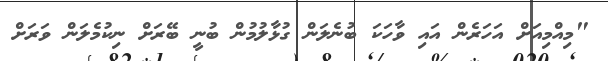
"މިއްމިއަށް އަހަރެން އައި ވާހަކަ ބުނެލަން ގުޅާލުމުން ބުނީ ބޭރަށް ނިކުމެލަން ވަރަށް